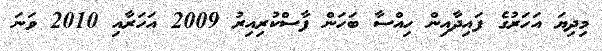
މިދިޔަ އަހަރުގެ ފައިދާއިން ހިއްސާ ބަހަން ފާސްކުރިއިރު 2009 އަހަރާއި 2010 ވަނަ